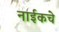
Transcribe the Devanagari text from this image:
नाईकचे